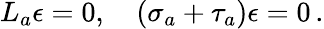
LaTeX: L_{a}\epsilon=0,\ \ \ \ (\sigma_{a}+\tau_{a})\epsilon=0\, .